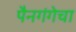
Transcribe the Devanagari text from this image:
पैनगंगेचा